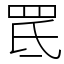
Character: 䍕